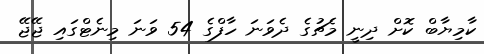
ކާމިޔާބް ކޮށް ދިނީ މެޗުގެ ދެވަނަ ހާފްގެ 54 ވަނަ މިނެޓްގައި ޖޭޖޭ